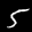
Label: 5